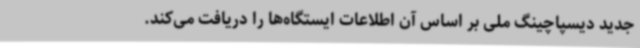
جدید دیسپاچینگ ملی بر اساس آن اطلاعات ایستگاه‌ها را دریافت می‌کند.